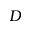
D